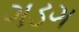
ગડગ